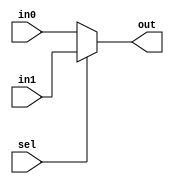
module MUX2to1_P1
    #(parameter Width = 32)
(
    input  [Width-1:0] in0, in1,
    input              sel,
    output [Width-1:0] out
);
    assign out = (sel == 1'b0) ? in0 : in1;
endmodule